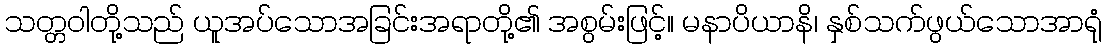
သတ္တဝါတို့သည် ယူအပ်သောအခြင်းအရာတို့၏ အစွမ်းဖြင့်။ မနာပိယာနိ၊ နှစ်သက်ဖွယ်သောအာရုံ